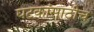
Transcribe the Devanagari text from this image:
घटकांसाठीच